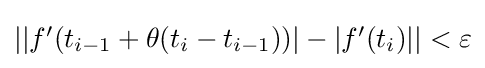
{\textstyle \left|\left|f'(t_{i-1}+\theta (t_{i}-t_{i-1}))\right|-\left|f'(t_{i})\right|\right|<\varepsilon }